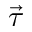
\vec { \tau }